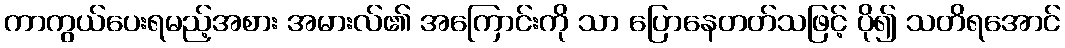
ကာကွယ်ပေးရမည့်အစား အမားလ်၏ အကြောင်းကို သာ ပြောနေတတ်သဖြင့် ပို၍ သတိရအောင်